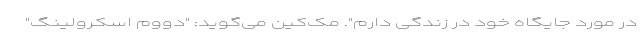
در مورد جایگاه خود در زندگی دارم". مک‌کین می‌گوید: "دووم اسکرولینگ"